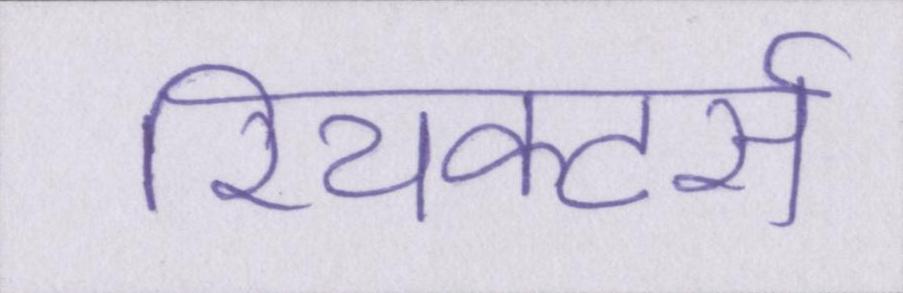
रियक्टर्स